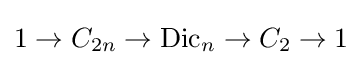
1\to C_{2n}\to {\mbox{Dic}}_{n}\to C_{2}\to 1